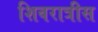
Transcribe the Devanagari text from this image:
शिवरात्रीस